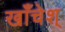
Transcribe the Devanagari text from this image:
खाँचेश्